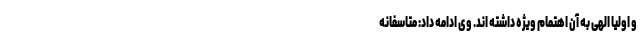
و اولیا الهی به آن اهتمام ویژه داشته اند. وی ادامه داد: متاسفانه